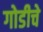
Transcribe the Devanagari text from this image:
गोडीचे